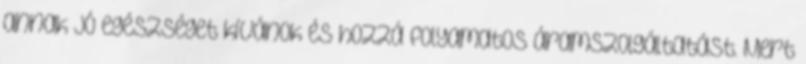
annak jó egészséget kívánok és hozzá folyamatos áramszolgáltatást. Mert